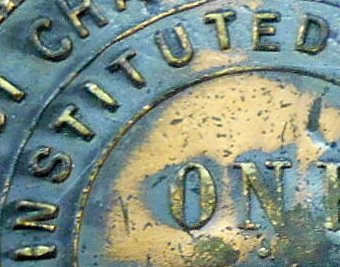
INSTITUTED